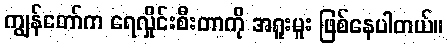
ကျွန်တော်က ရေလှိုင်းစီးတာကို အရူးမူး ဖြစ်နေပါတယ်။